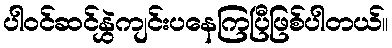
ပါဝင်ဆင်နွှဲကျင်းပနေကြပြီဖြစ်ပါတယ်။